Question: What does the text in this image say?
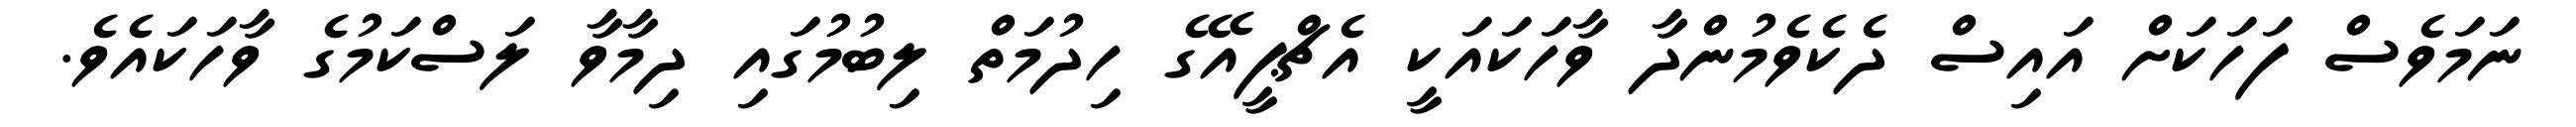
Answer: ނަމަވެސް ފަހަކަށް އައިސް ދެކެވެމުންދާ ވާހަކައަކީ އެޗްޕީއޭގެ ހިދުމަތް ލިބުމުގައި ދިމާވާ ލަސްކަމުގެ ވާހަކައެވެ.